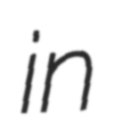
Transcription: in